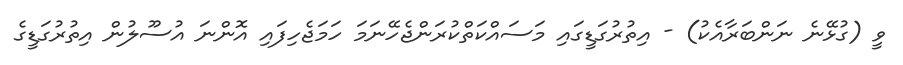
ވީ (ގުޅޭނެ ނަންބަރާއެކު) - އިތުރުގަޑީގައި މަސައްކަތްކުރަންޖެހޭނަމަ ހަމަޖެހިފައި އޮންނަ އުސޫލުން އިތުރުގަޑީގެ